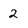
Character: 2